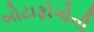
બોટાફોગોની